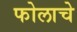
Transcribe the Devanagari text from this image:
फोलाचे